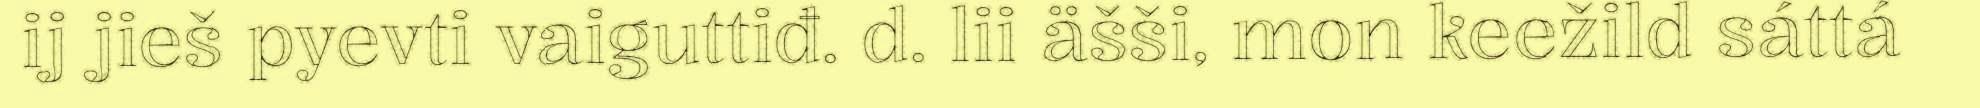
ij jieš pyevti vaiguttiđ. d. lii äšši, mon keežild sáttá